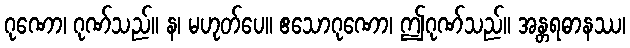
ဂုဏော၊ ဂုဏ်သည်။ န၊ မဟုတ်ပေ။ ဧသောဂုဏော၊ ဤဂုဏ်သည်။ အန္တရဓာနဿ၊